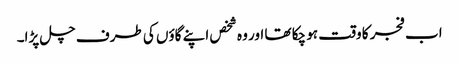
اب فجر کا وقت ہو چکا تھا اور وہ شخص اپنے گاؤں کی طرف چل پڑا۔